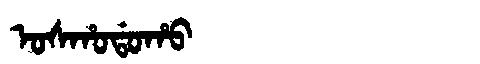
Manchu: ᠣᠰᡥᠣᡩᠣᡥᠣ
Romanization: OSHODOHO